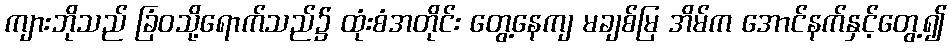
ကျားဘိုသည် ခြံဝသို့ရောက်သည်၌ ထုံးစံအတိုင်း တွေ့နေကျ မချစ်မြ အိမ်က အောင်နက်နှင့်တွေ့၍